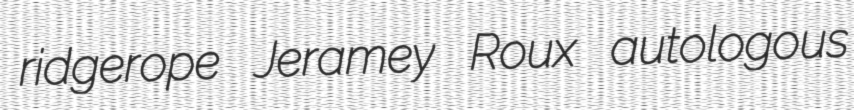
ridgerope Jeramey Roux autologous